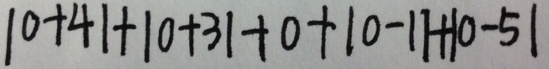
\vert 0 + 4 \vert + \vert 0 + 3 \vert + 0 + \vert 0 - 1 \vert + \vert 0 - 5 \vert